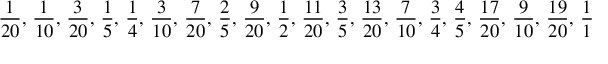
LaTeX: { \frac { 1 } { 2 0 } } , \, { \frac { 1 } { 1 0 } } , \, { \frac { 3 } { 2 0 } } , \, { \frac { 1 } { 5 } } , \, { \frac { 1 } { 4 } } , \, { \frac { 3 } { 1 0 } } , \, { \frac { 7 } { 2 0 } } , \, { \frac { 2 } { 5 } } , \, { \frac { 9 } { 2 0 } } , \, { \frac { 1 } { 2 } } , \, { \frac { 1 1 } { 2 0 } } , \, { \frac { 3 } { 5 } } , \, { \frac { 1 3 } { 2 0 } } , \, { \frac { 7 } { 1 0 } } , \, { \frac { 3 } { 4 } } , \, { \frac { 4 } { 5 } } , \, { \frac { 1 7 } { 2 0 } } , \, { \frac { 9 } { 1 0 } } , \, { \frac { 1 9 } { 2 0 } } , \, { \frac { 1 } { 1 } }